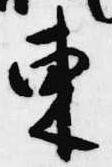
東